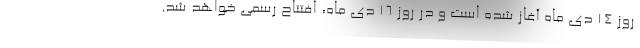
روز 14 دی ماه آغاز شده است و در روز 16 دی ماه، افتتاح رسمی خواهد شد.